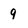
Character: 9